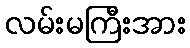
လမ်းမကြီးအား